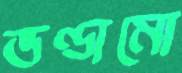
ভণ্ডামো